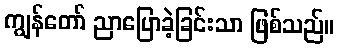
ကျွန်တော် ညာပြောခဲ့ခြင်းသာ ဖြစ်သည်။